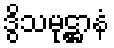
ဒွိသမုဋ္ဌာနံ